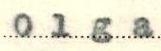
Olga